Document type: Sale
Year: 1461
Scribe: [Unknown]
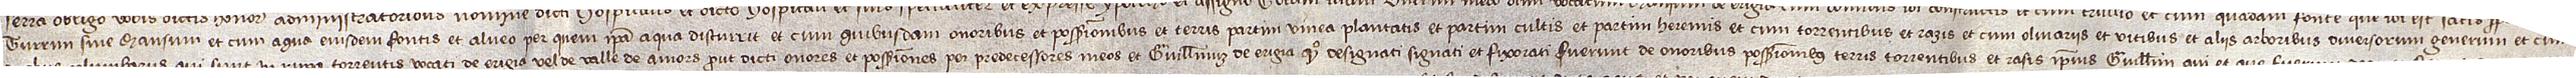
turrim sive mansum, et cum aqua eiusdem fontis et alveo per quem ipsa aqua discurrit, et cum quibusdam onoribus et possessionibus et terris, partim vinea plantatis et partim cultis et partim heremis, et cum torrentibus et razis, et cum olivariis et vitibus et aliis arboribus diversorum generum, et cum